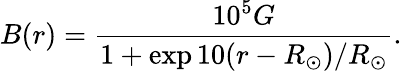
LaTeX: B(r)=\frac{10^{5}G}{1+\exp{10(r-R_{\odot})/R_{\odot}}}.